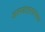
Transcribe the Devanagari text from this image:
आमवातासारख्या